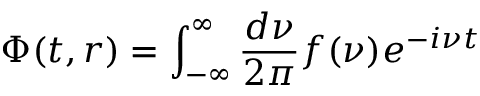
\Phi ( t , r ) = \int _ { - \infty } ^ { \infty } { \frac { d \nu } { 2 \pi } } f ( \nu ) e ^ { - i \nu t }